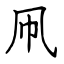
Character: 凧